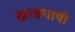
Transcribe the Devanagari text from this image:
खरडगावी